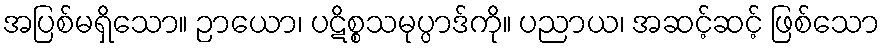
အပြစ်မရှိသော။ ဉာယော၊ ပဋိစ္စသမုပ္ပာဒ်ကို။ ပညာယ၊ အဆင့်ဆင့် ဖြစ်သော